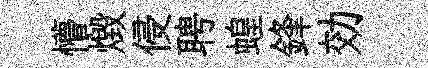
懵燬侵聘蝗鋒効